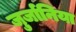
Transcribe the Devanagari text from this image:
जुर्जानिया